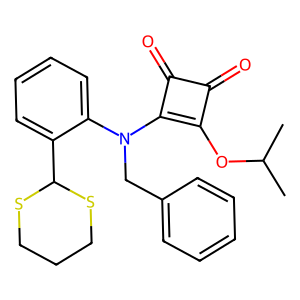
SMILES: CC(C)Oc1c(N(Cc2ccccc2)c2ccccc2C2SCCCS2)c(=O)c1=O
Inhibits HIV replication: No